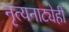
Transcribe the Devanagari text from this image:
नृत्यनाट्येही